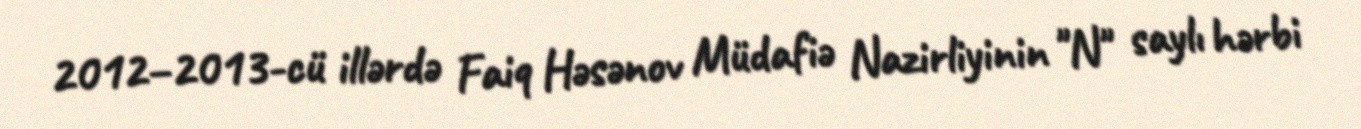
2012–2013-cü illərdə Faiq Həsənov Müdafiə Nazirliyinin "N" saylı hərbi